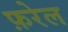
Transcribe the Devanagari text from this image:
फ़रेल